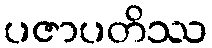
ပဇာပတိဿ